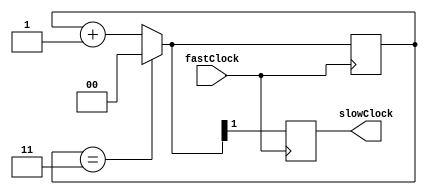
`timescale 1ns / 1ps
module ClockDivider(input fastClock, output reg slowClock);
    reg [1:0] counter;
    initial begin
        counter = 2'b00;
    end
    always @(posedge fastClock) begin
        if(counter == 2'b11)
            counter = 0;
        else 
            counter = counter + 1;
        slowClock = counter[1];
    end
endmodule